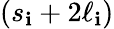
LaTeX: (s_{\mathbf{i}}+2\ell_{\mathbf{i}})